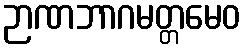
ဉာဏဘာဂမတ္တမေဝ